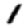
Digit: 1